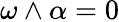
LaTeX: \omega\wedge\alpha=0